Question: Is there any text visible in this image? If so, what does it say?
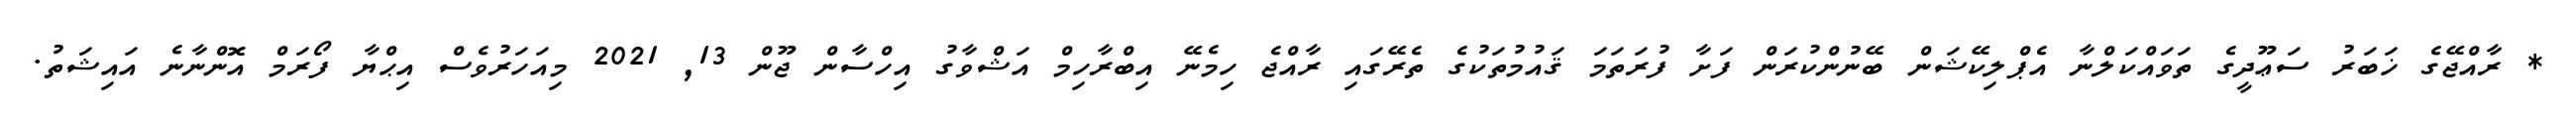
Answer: * ރާއްޖޭގެ ޚަބަރު ސަޢޫދީގެ ތަވައްކަލްނާ އެޕްލިކޭޝަން ބޭނުންކުރަން ފަށާ ފުރަތަމަ ޤައުމުތަކުގެ ތެރޭގައި ރާއްޖެ ހިމެނޭ އިބްރާހިމް އަޝްވާގު އިހްސާން ޖޫން 13, 2021 މިއަހަރުވެސް އިޙްޔާ ފޯރަމް އޮންނާނެ އައިޝަތު.